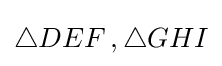
\triangle DEF\,,\triangle GHI